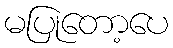
မပြုတော့ပေ